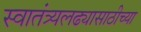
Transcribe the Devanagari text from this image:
स्वातंत्र्यलढ्यासाठीच्या